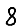
Digit: 8